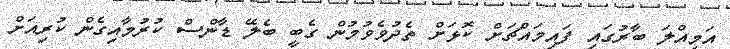
އަމިއްލަ ބާރުގައި ފައިމައްޗަށް ކޮޅަށް ތެދުވެވުމުން ގެބީ ބެލޭ ޑާންސް ކުރުމާއިގެން ކުރިއަށް